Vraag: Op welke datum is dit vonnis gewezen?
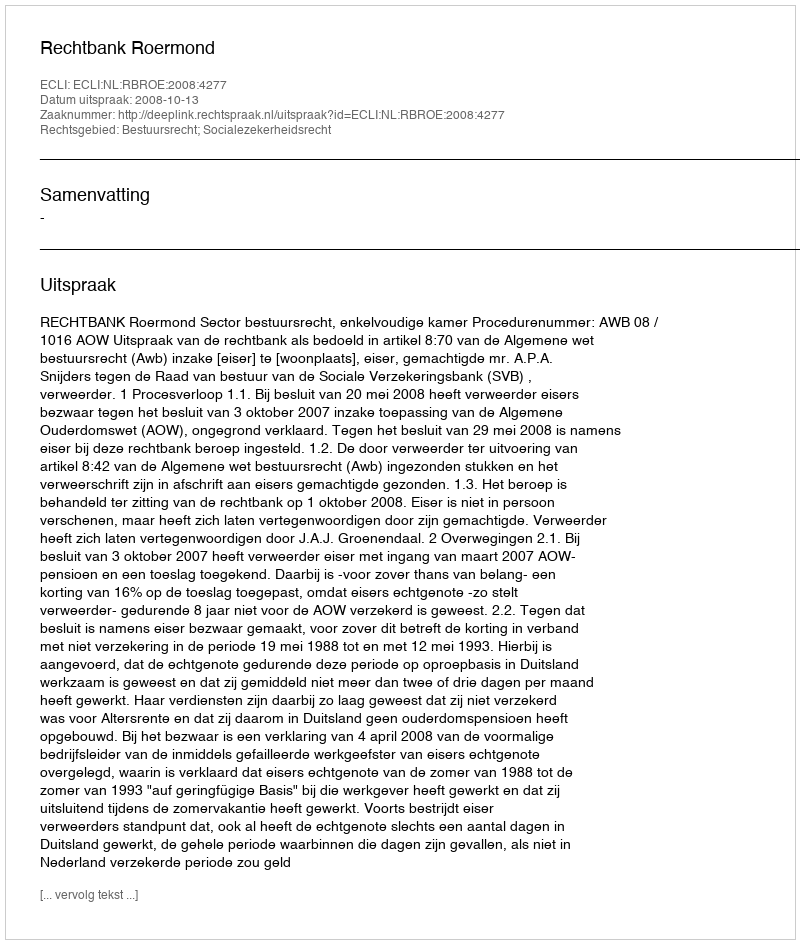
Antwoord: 2008-10-13